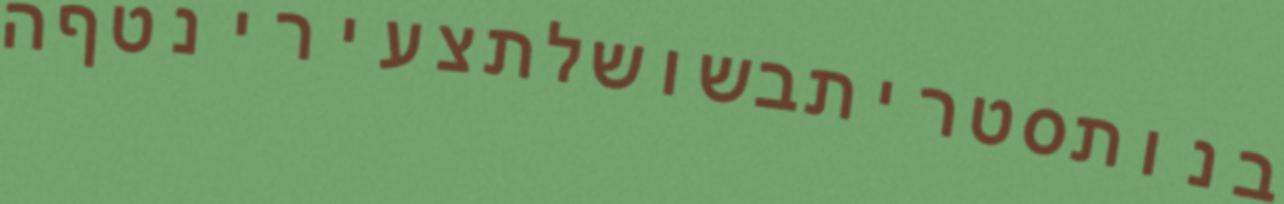
בנותסטריתבשושלתצעירינטףה